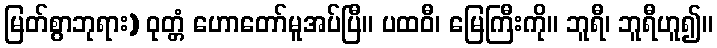
မြတ်စွာဘုရား) ဝုတ္တံ ဟောတော်မူအပ်ပြီ။ ပထဝီ၊ မြေကြီးကို။ ဘူရီ၊ ဘူရီဟူ၍။